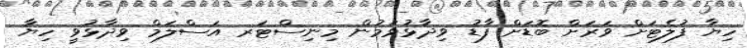
ހިޔާ ފުލެޓަށް ވަރަށް ބޮޑަށް ފާޑު ވިދާޅުވަމުން މިނިސްޓަރ އަސްލަމް ވިދާޅުވީ ހިޔާ